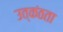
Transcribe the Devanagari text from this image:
उत्कंठता